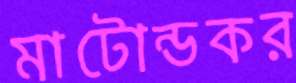
মাটোন্ডকর